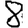
Digit: 8